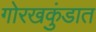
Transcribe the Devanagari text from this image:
गोरखकुंडात